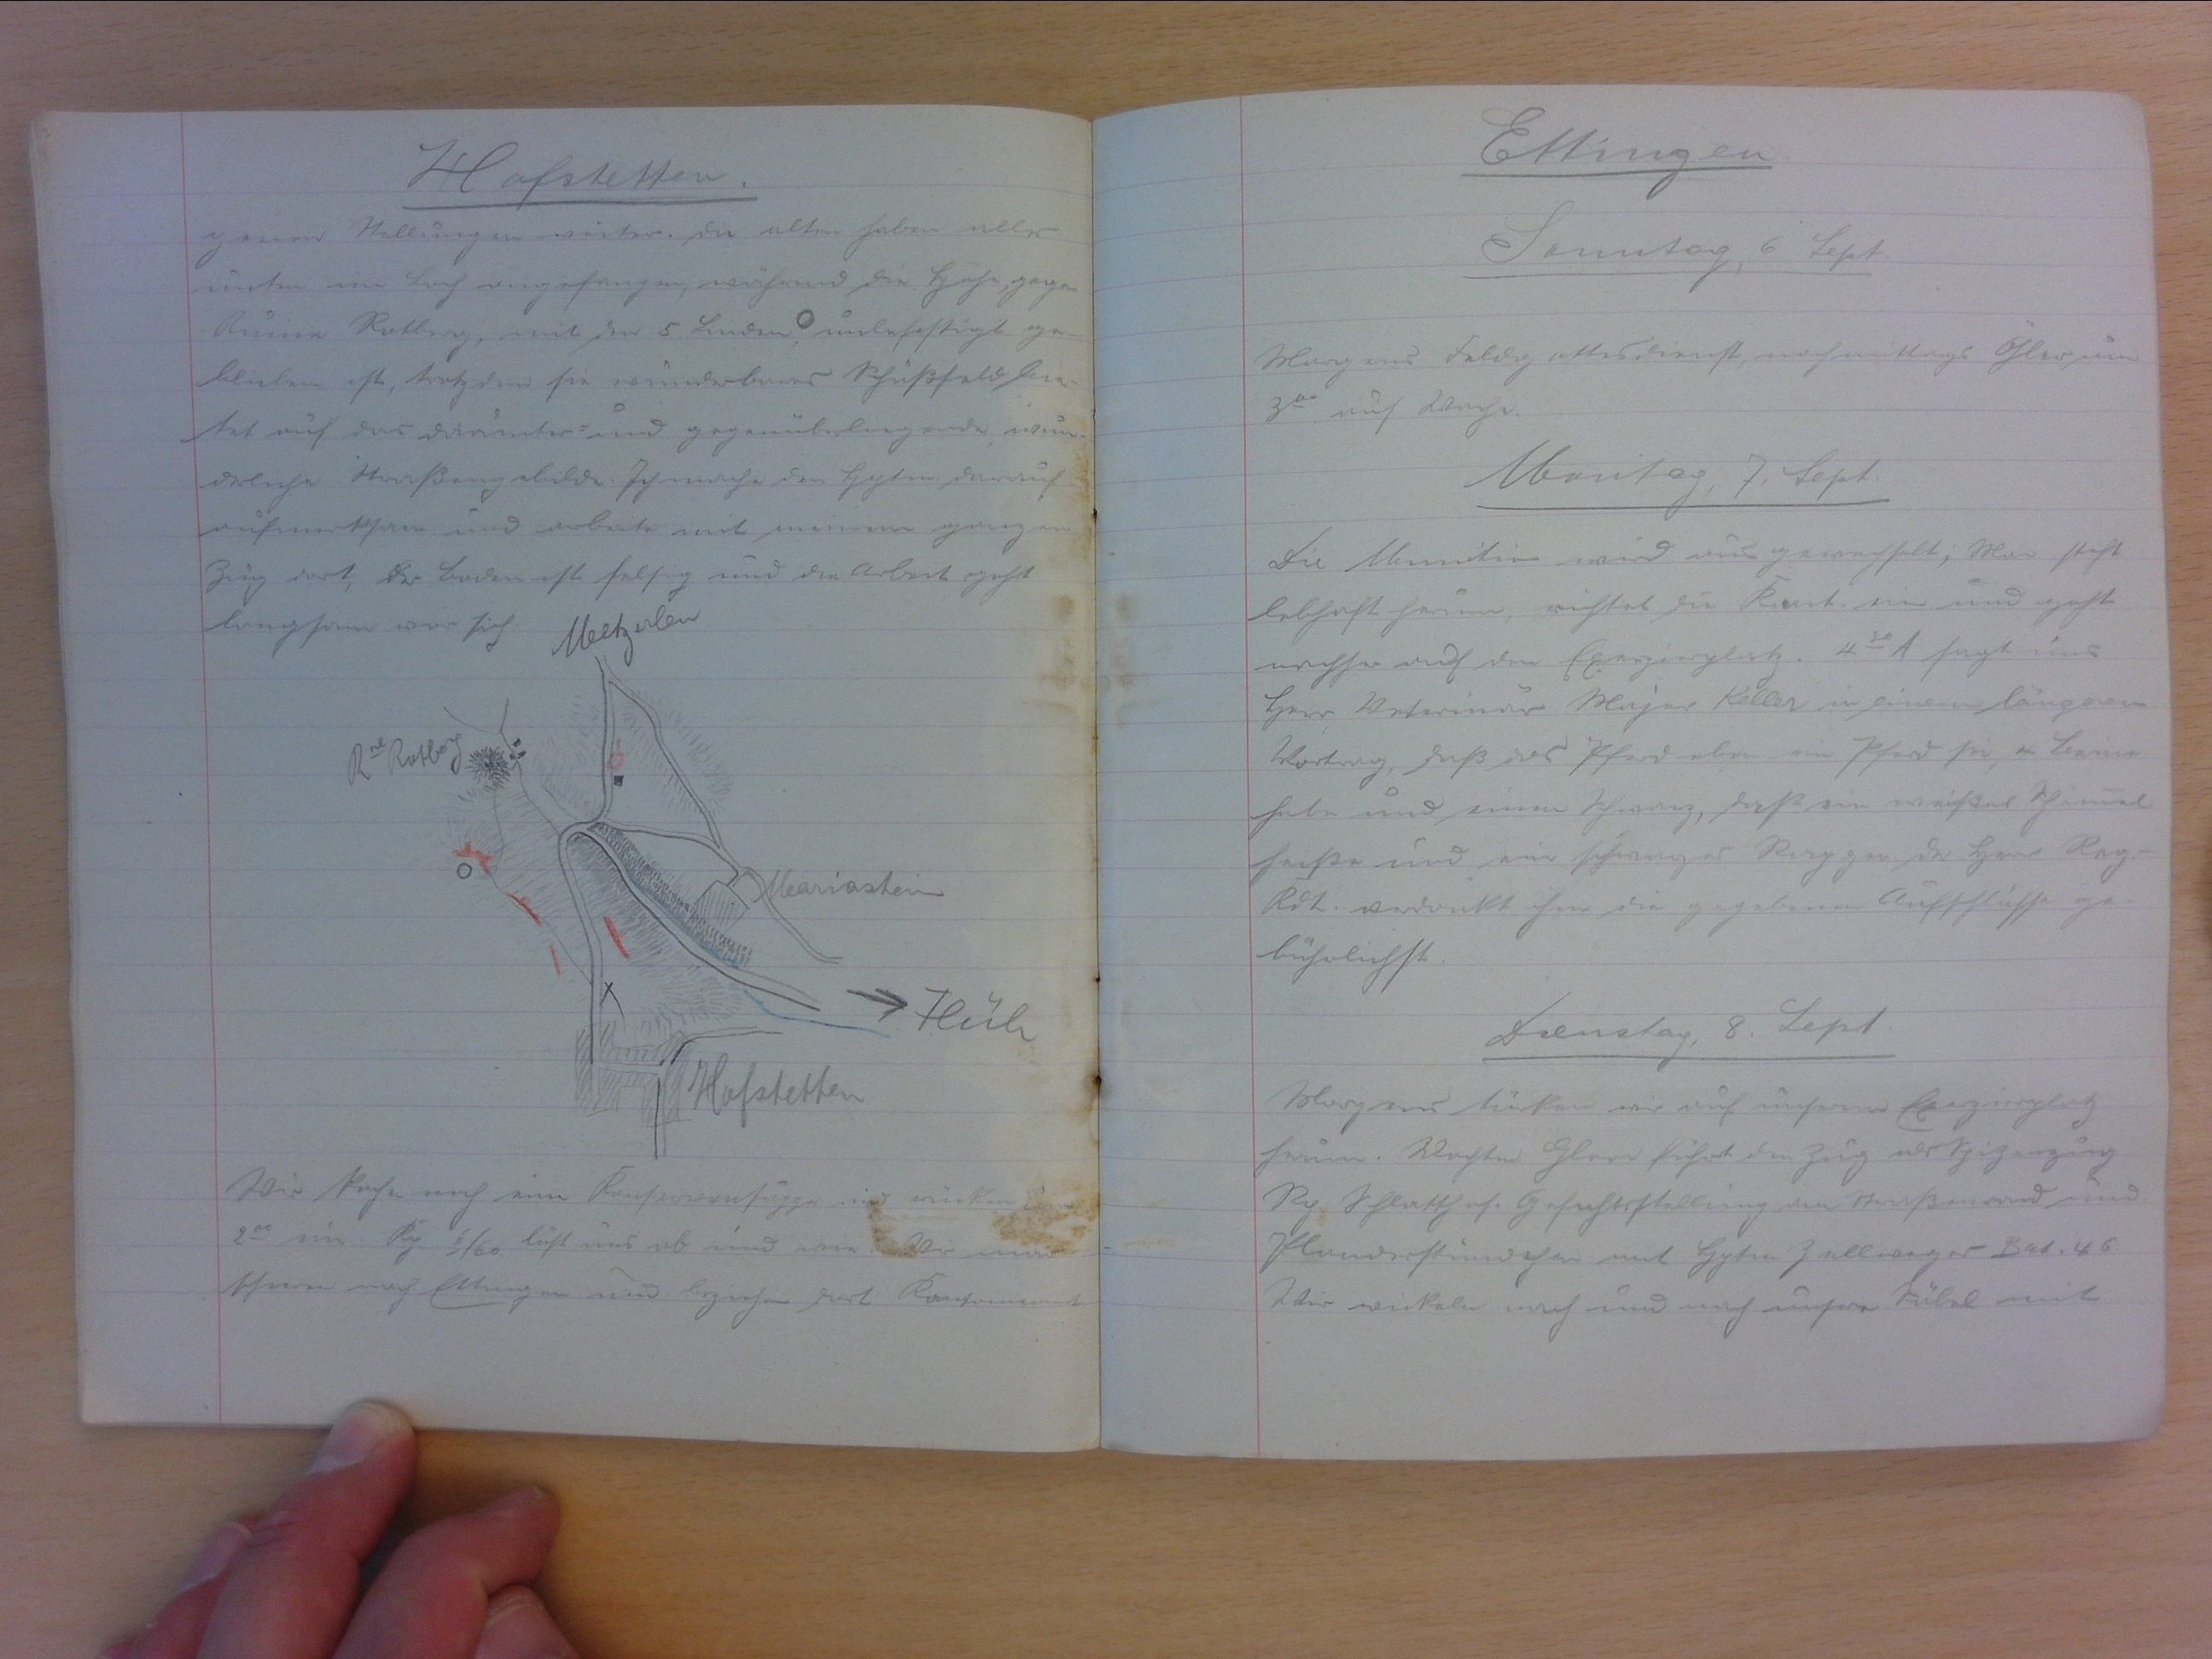
Hofstetten
genen Stellungen weiter. Die alten haben alle
unten im Loch angefangen, während die Höhe, gegen
Ruine Rotberg, mit den 5 Linden, unbefestigt ge-
bliebten ist, trotzdem sie wunderbares Schussfeld bie-
tet auf das darunter- und gegenüberliegende, wun-
derliche Strassengebilde. Ich mache den Hptm. darauf
aufmerksam und arbeite mit meinem ganzen
Zug dort, der Boden ist faltig und die Arbeit geht
langsam vor sich.

Wir kochen noch eine Konservensuppe und rücken um
200 ein. Kp. II/60 löst uns ab und wir alle mar-
schieren nach Ettingen und beziehen dort Kantonnement.

Ettingen
Samstag, 6. Sept.
Morgens Feldgottesdienst, nachmitags Gler (?) um
300 auf Wache.
Montag, 7. Sept.
Die Munition wird ausgewechselt; Man steht
lebhaft herum, richtet die Kant. ein und geht
nachher auf den Exerzierplatz. 430 A. sagt uns
Herr Veterinär Major Keller in einem längeren
Vortrag, dass das Pferd eben ein Pferd sei, 4 Beine
hat und einen Schwanz, dass ein weisses Schimmel
heisse und ein schwarzes Rappen. Der Herr Reg.-
Kdt. verdankt ihm die gegebenen Aufschlüsse ge-
bührlichst.
Dienstag, 8. Sept.
Morgens türken wir auf unserem Exerzierplatz
herum. Wachtm. Gloor führt den Zug als Spitzenzug.
Rg. Schlatthof. Gefechtsstellung am Strassenrand und
Plauderstündchen mit Hptm Zellweger Bat. 46.
Wir wickeln nach und nach unsere Säbel mit